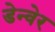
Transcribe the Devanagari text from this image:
डेन्वेर